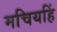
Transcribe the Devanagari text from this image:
मचियहिं